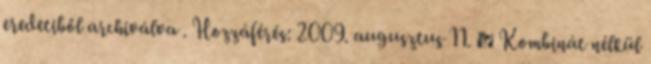
eredetiből archiválva . Hozzáférés: 2009. augusztus 11. ↑ Kombinát nélkül